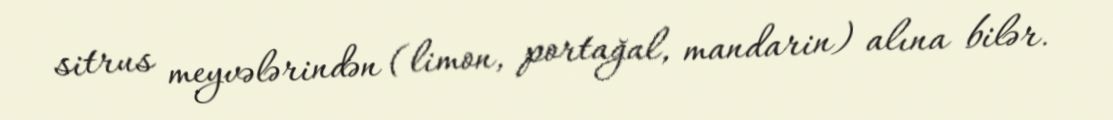
sitrus meyvələrindən (limon, portağal, mandarin) alına bilər.